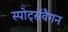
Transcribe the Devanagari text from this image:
स्पोर्ट्सवैगन